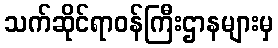
သက်ဆိုင်ရာဝန်ကြီးဌာနများမှ